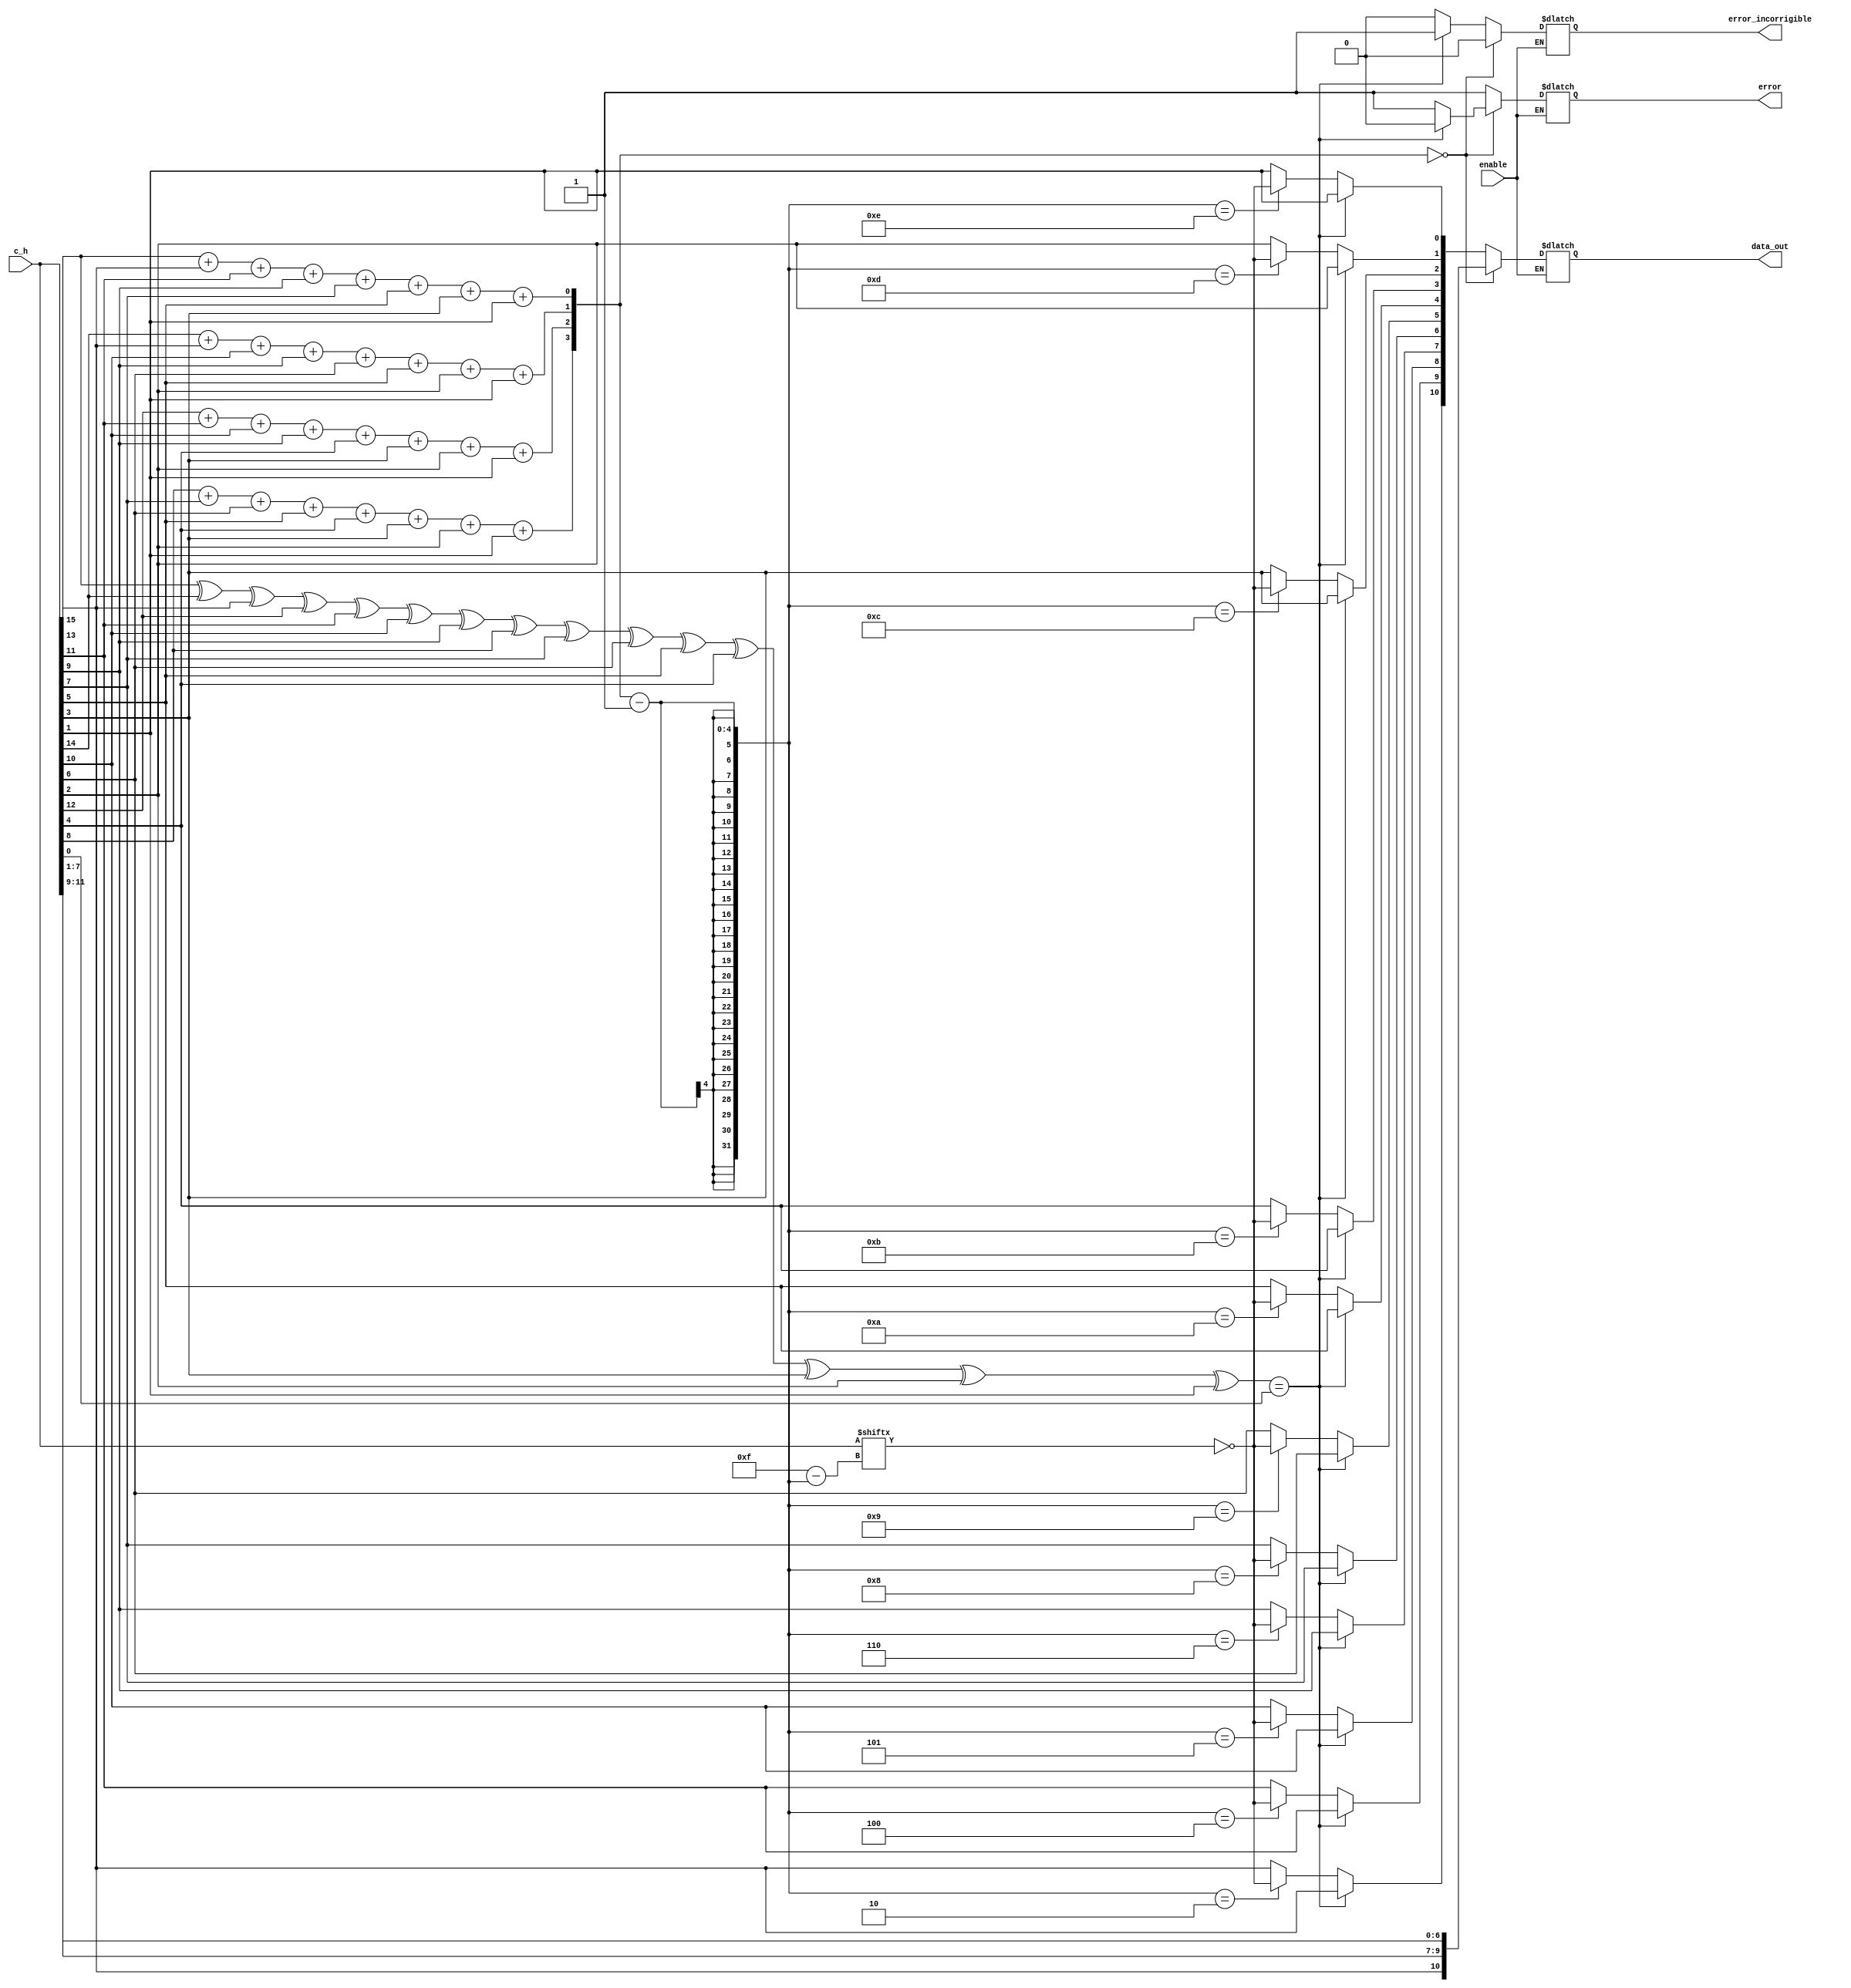
module decoder_hamming(
    input wire [0:15] c_h,
    output reg [0:10] data_out,
	input wire enable,
    output reg error,
    output reg error_incorrigible
	);

  reg [3:0] error_index; // index do bit errado
  reg [0:15]data_aux;
  reg bit_parity; // bit de paridade
  
  always @(*) begin
    if(enable == 1'b1) begin
      
      error_index[0] = c_h[0] + c_h[2] + c_h[4] + c_h[6] + c_h[8] + c_h[10] + c_h[12] + c_h[14];  
      error_index[1] = c_h[1] + c_h[2] + c_h[5] + c_h[6] + c_h[9] + c_h[10] + c_h[13] + c_h[14];
      error_index[2] = c_h[3] + c_h[4] + c_h[5] + c_h[6] + c_h[11] + c_h[12] + c_h[13] + c_h[14];
      error_index[3] = c_h[7] + c_h[8] + c_h[9] + c_h[10] + c_h[11] + c_h[12] + c_h[13] + c_h[14];
      
      bit_parity =  c_h[0] ^ c_h[1] ^ c_h[2] ^ c_h[3] ^ c_h[4] ^ c_h[5] ^ c_h[6] ^ c_h[7] ^ c_h[8] ^ c_h[9] ^ c_h[10] ^ c_h[11] ^ c_h[12] ^ c_h[13] ^ c_h[14]; 
    
      if(error_index == 4'b0000)begin // nao ocorreu erros
         
        if(bit_parity == c_h[15])begin // compara se os bits de paridade so iguais
        	
          	error = 0;
            error_incorrigible = 0;
          
        	data_out[0] = c_h[2];
        	data_out[1] = c_h[4];
        	data_out[2] = c_h[5];
        	data_out[3] = c_h[6];
        	data_out[4] = c_h[8];
        	data_out[5] = c_h[9];
        	data_out[6] = c_h[10];
        	data_out[7] = c_h[11];
        	data_out[8] = c_h[12];
        	data_out[9] = c_h[13];
        	data_out[10] = c_h[14];
        end else begin // se os bits de paridades nao forem iguais  porque ocorreu um erro
         
          	error = 1;
            error_incorrigible = 0;
          
            data_out[0] = c_h[2];
        	data_out[1] = c_h[4];
        	data_out[2] = c_h[5];
        	data_out[3] = c_h[6];
        	data_out[4] = c_h[8];
        	data_out[5] = c_h[9];
        	data_out[6] = c_h[10];
        	data_out[7] = c_h[11];
        	data_out[8] = c_h[12];
        	data_out[9] = c_h[13];
        	data_out[10] = c_h[14];
        end
        
      end else begin // ocorreu erros
        
        if(bit_parity == c_h[15])begin
        
        	error = 1;
            error_incorrigible = 1;
          
          	data_out[0] = c_h[2];
        	data_out[1] = c_h[4];
        	data_out[2] = c_h[5];
        	data_out[3] = c_h[6];
        	data_out[4] = c_h[8];
        	data_out[5] = c_h[9];
        	data_out[6] = c_h[10];
        	data_out[7] = c_h[11];
        	data_out[8] = c_h[12];
        	data_out[9] = c_h[13];
        	data_out[10] = c_h[14];
          
        end else begin
         
          	error = 1;
            error_incorrigible = 0;
          
          	data_aux = c_h;
         
            data_aux[(error_index - 1)] = !data_aux[(error_index - 1)]; //altera o bit errado. 
        
        	data_out[0] = data_aux[2];
        	data_out[1] = data_aux[4];
        	data_out[2] = data_aux[5];
        	data_out[3] = data_aux[6];
        	data_out[4] = data_aux[8];
        	data_out[5] = data_aux[9];
        	data_out[6] = data_aux[10];
        	data_out[7] = data_aux[11];
        	data_out[8] = data_aux[12];
        	data_out[9] = data_aux[13];
        	data_out[10] = data_aux[14];
         
        end // else2
        
      end // else1
    end
  
  end// always

endmodule